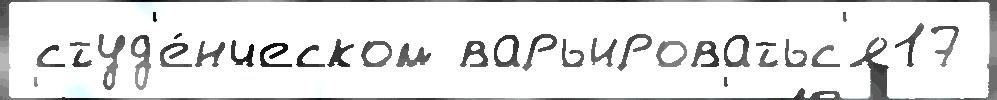
 студ'е́нческом варьироватьс'я17